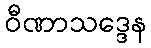
ဝီဏာသဒ္ဒေန